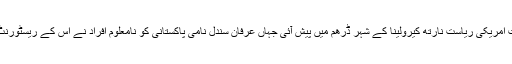
پاکستانی کے قتل کی تازہ ترین واردات امریکی ریاست نارتھ کیرولینا کے شہر ڈرھم میں پیش آئی جہاں عرفان سندل نامی پاکستانی کو نامعلوم افراد نے اس کے ریسٹورنٹ کے پاس گولیاںمار کر ہلاک کر دیا۔